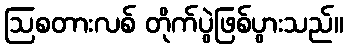
ဩစတားလစ် တိုက်ပွဲဖြစ်ပွားသည်။